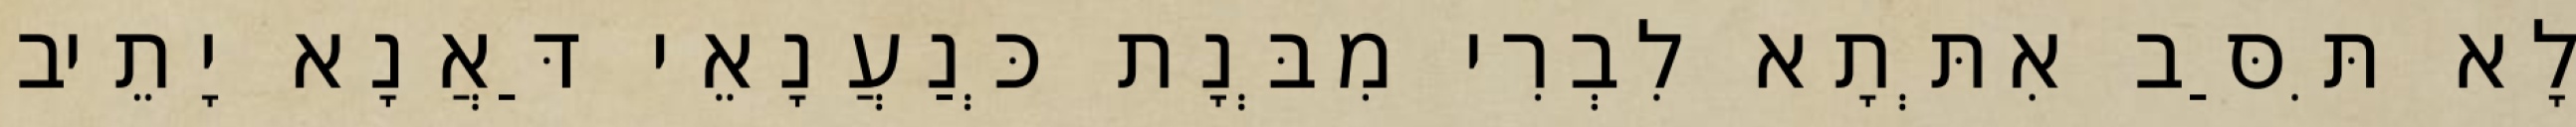
לָא תִּסַּב אִתְּתָא לִבְרִי מִבְּנָת כְּנַעֲנָאֵי דַּאֲנָא יָתֵיב